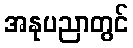
အနုပညာတွင်